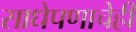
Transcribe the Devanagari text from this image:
साधेपणाचेही